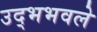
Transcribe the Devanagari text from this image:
उद्भभवले